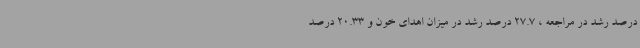
درصد رشد در مراجعه ، 27.7 درصد رشد در میزان اهدای خون و 20.33 درصد